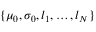
\{ \mu _ { 0 } , \sigma _ { 0 } , l _ { 1 } , \dots , l _ { N } \}